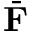
\bar { \mathbf { F } }